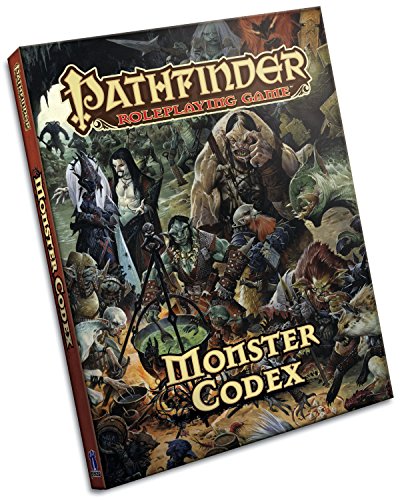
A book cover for Pathfinder Roleplaying Game: Monster Codex; Jason Bulmahn; Science Fiction & Fantasy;